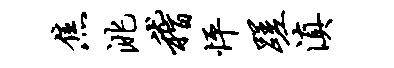
焦洮稽怦蹉滇